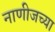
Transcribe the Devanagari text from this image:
नाणीजच्या